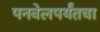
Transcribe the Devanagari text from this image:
पनवेलपर्यंतचा